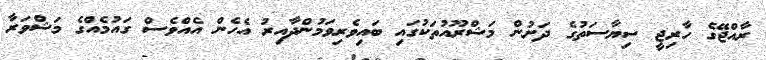
ރާއްޖޭގެ ހާރިޖީ ސިޔާސަތުގެ ދަށުން މަޝްރޫއުތަކުގައި ބައިވެރިވަމުންދާއިރު އެހެން އެއްވެސް ގައުމެއްގެ މަޝްވަރާ